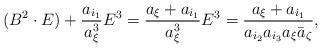
LaTeX: \begin{align*}(B^2 \cdot E) + \frac{a_{i_1}}{a_{\xi}^3} E^3 = \frac{a_{\xi} + a_{i_1}}{a_{\xi}^3} E^3 = \frac{a_{\xi} + a_{i_1}}{a_{i_2} a_{i_3} a_{\xi} \bar{a}_{\zeta}},\end{align*}